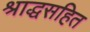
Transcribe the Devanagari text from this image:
श्राद्धसहित